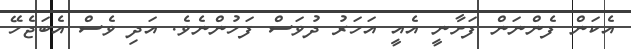
އެކަން ފެންނަން ފަށާނީ އެއީ އަހަރު ދުވަސް ފަހުންނެވެ. އަދި ވެސް އެބަޖެހޭ